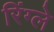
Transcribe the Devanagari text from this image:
रिंग्ले